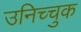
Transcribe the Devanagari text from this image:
उनिच्चुक